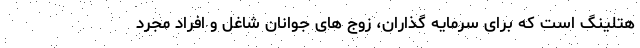
هتلینگ است که برای سرمایه گذاران، زوج های جوانان شاغل و افراد مجرد